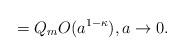
LaTeX: \begin{align*} = Q_m O(a^{1 - \kappa}), a \rightarrow 0. \end{align*}